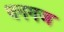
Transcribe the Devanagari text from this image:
धनगज